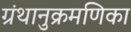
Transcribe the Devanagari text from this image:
ग्रंथानुक्रमणिका